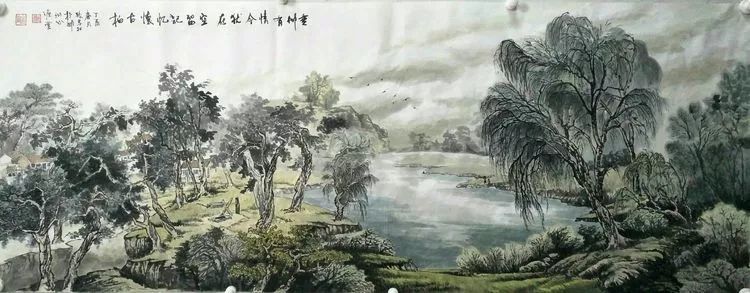
江淮度寒食，京洛缝春衣。